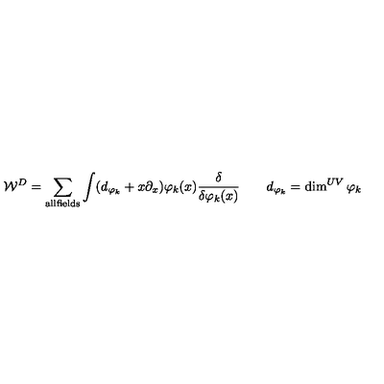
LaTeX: { \cal W } ^ { D } = \sum _ { \mathrm { \scriptsize a l l f i e l d s } } \int ( d _ { \varphi _ { k } } + x \partial _ { x } ) \varphi _ { k } ( x ) { \frac { \delta } { \delta \varphi _ { k } ( x ) } } \qquad d _ { \varphi _ { k } } = \dim ^ { U V } { \varphi _ { k } }